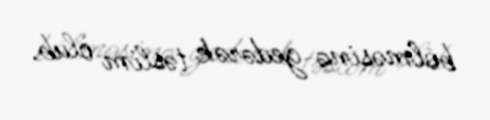
bölməsinə gedərək təslim olub.